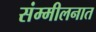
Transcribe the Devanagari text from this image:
संम्मीलनात